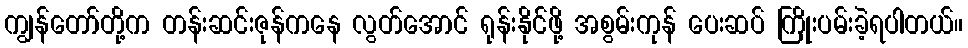
ကျွန်တော်တို့က တန်းဆင်းဇုန်ကနေ လွတ်အောင် ရုန်းနိုင်ဖို့ အစွမ်းကုန် ပေးဆပ် ကြိုးပမ်းခဲ့ရပါတယ်။